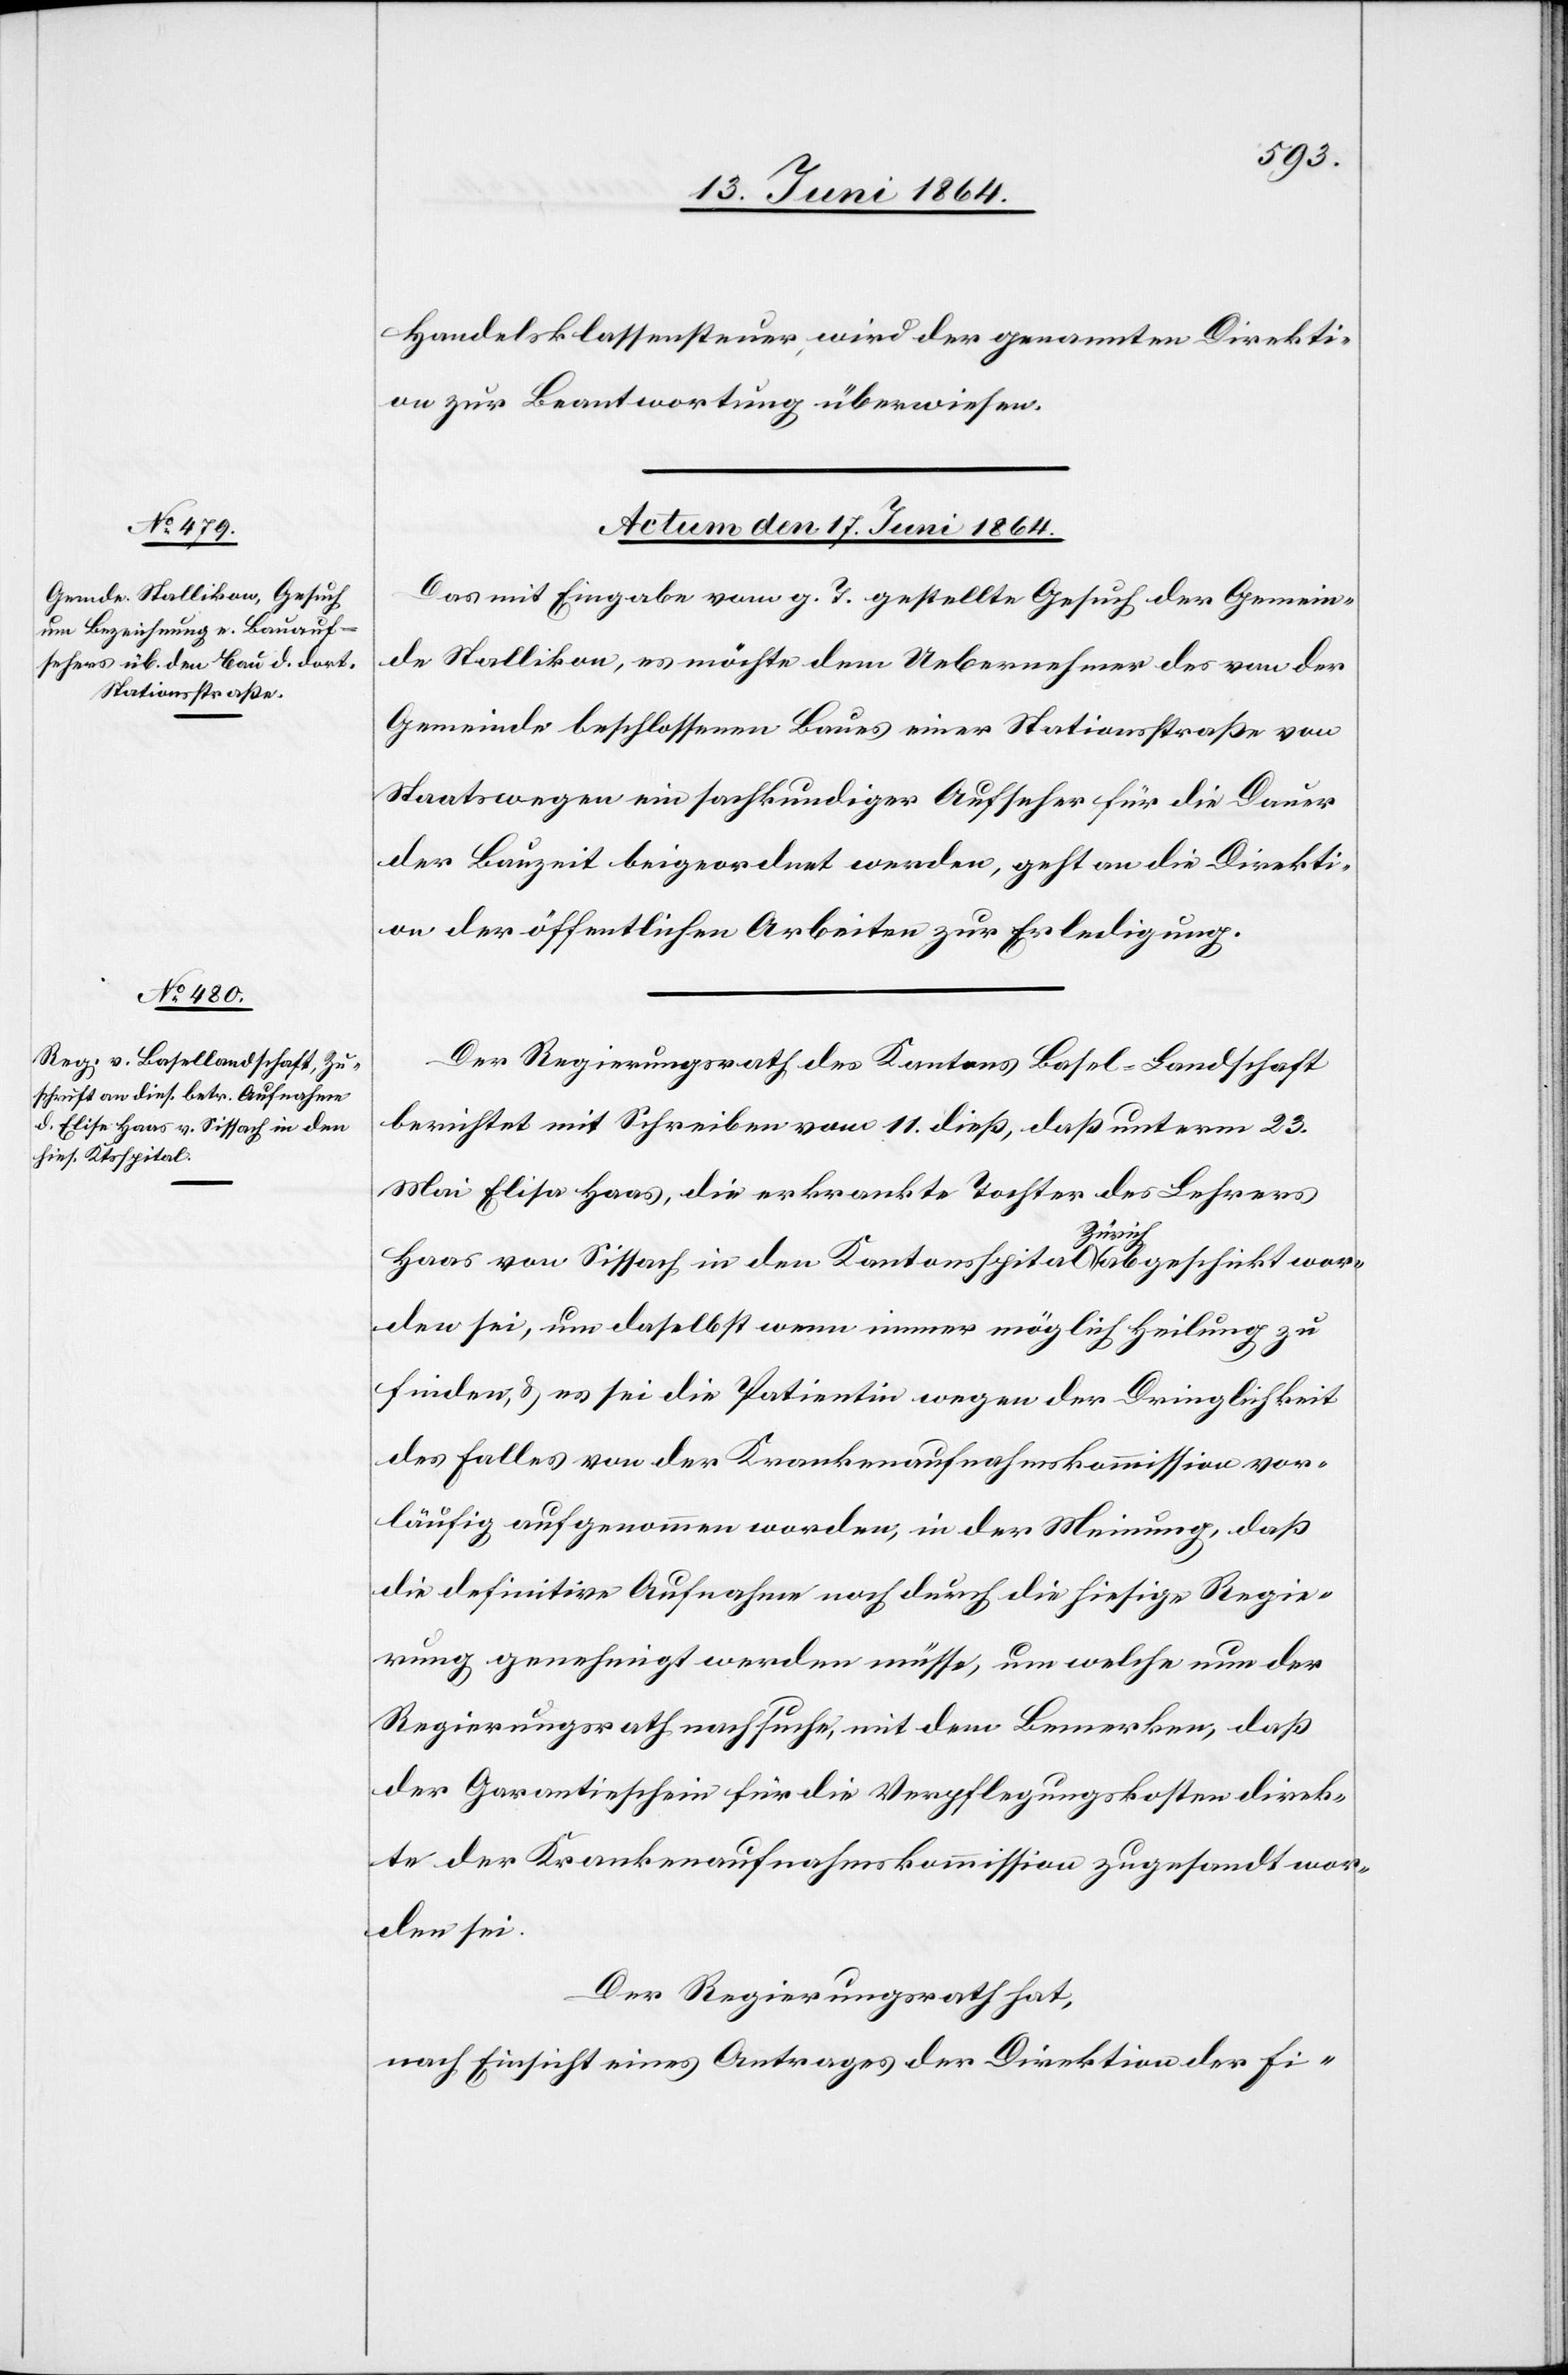
Handelsklassensteuer, wird der genannten Direkti¬
on zur Beantwortung überwiesen.
Actum den 17. Juni 1864.]
Das mit Eingabe vom g. T. gestellte Gesuch der Gemein¬
de Stallikon, es möchte dem Uebernehmer des von der
Gemeinde beschlossenen Baues einer Stationsstraße von
Staatswegen ein sachkundiger Aufseher für die Dauer
der Bauzeit beigeordnet werden, geht an die Direkti¬
on der öffentlichen Arbeiten zur Erledigung.
Der Regierungsrath des Kantons Basel-Landschaft
berichtet mit Schreiben vom 11. dieß, daß unterm 23.
Mai Elisa Haas, die erkrankte Tochter des Lehrers
Haas von Sissach in den Kantonsspital Zürich abgeschickt wor¬
den sei, um daselbst wenn immer möglich Heilung zu
finden, u. es sei die Patientin wegen der Dringlichkeit
des Falles von der Krankenaufnahmskommission vor¬
läufig aufgenommen worden, in der Meinung, daß
die definitive Aufnahme noch durch die hiesige Regie¬
rung genehmigt werden müsse, um welche nun der
Regierungsrath nachsuche, mit dem Bemerken, daß
der Garantieschein für die Verpflegungskosten direk¬
te der Krankenaufnahmskommission zugesandt wor¬
den sei.
Der Regierungsrath hat,
nach Einsicht eines Antrages der Direktion der Fi-